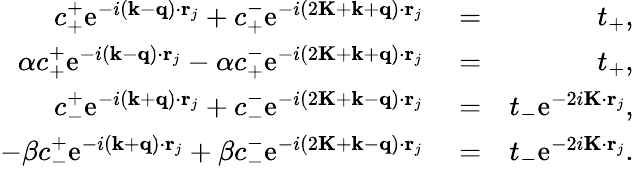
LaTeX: \begin{array}{rlr}{c_{+}^{+}\mathrm{e}^{-i(\mathbf{k}-\mathbf{q})\cdot\mathbf{r}_{j}}+c_{+}^{-}\mathrm{e}^{-i(2\mathbf{K}+\mathbf{k}+\mathbf{q})\cdot\mathbf{r}_{j}}}&{{}=}&{t_{+},}\\ {\alpha c_{+}^{+}\mathrm{e}^{-i(\mathbf{k}-\mathbf{q})\cdot\mathbf{r}_{j}}-\alpha c_{+}^{-}\mathrm{e}^{-i(2\mathbf{K}+\mathbf{k}+\mathbf{q})\cdot\mathbf{r}_{j}}}&{{}=}&{t_{+},}\\ {c_{-}^{+}\mathrm{e}^{-i(\mathbf{k}+\mathbf{q})\cdot\mathbf{r}_{j}}+c_{-}^{-}\mathrm{e}^{-i(2\mathbf{K}+\mathbf{k}-\mathbf{q})\cdot\mathbf{r}_{j}}}&{{}=}&{t_{-}\mathrm{e}^{-2i\mathbf{K}\cdot\mathbf{r}_{j}},}\\ {-\beta c_{-}^{+}\mathrm{e}^{-i(\mathbf{k}+\mathbf{q})\cdot\mathbf{r}_{j}}+\beta c_{-}^{-}\mathrm{e}^{-i(2\mathbf{K}+\mathbf{k}-\mathbf{q})\cdot\mathbf{r}_{j}}}&{{}=}&{t_{-}\mathrm{e}^{-2i\mathbf{K}\cdot\mathbf{r}_{j}}.}\end{array}